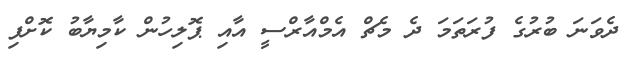
ދެވަނަ ބުރުގެ ފުރަތަމަ ދެ މެޗް އެމްއާރްސީ އާއި ޕޮލިހުުން ކާމިޔާބު ކޮށްފި